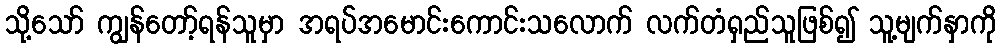
သို့သော် ကျွန်တော့်ရန်သူမှာ အရပ်အမောင်းကောင်းသလောက် လက်တံရှည်သူဖြစ်၍ သူ့မျက်နှာကို